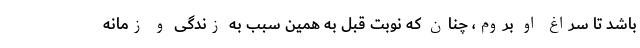
باشد تا سراغ او بروم، چنان که نوبت قبل به همین سبب به زندگی و زمانه